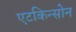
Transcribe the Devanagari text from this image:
एटकिन्सोन